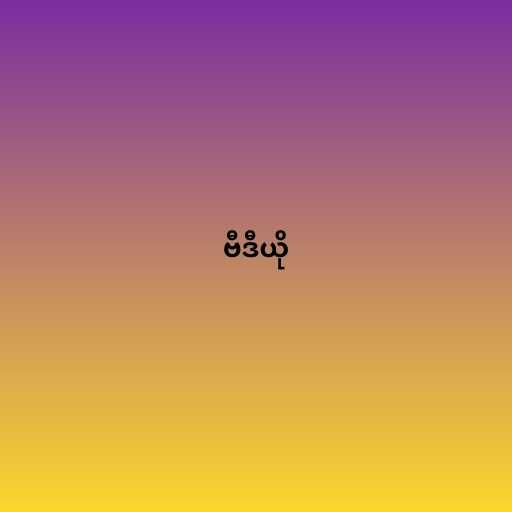
ဗီဒီယို